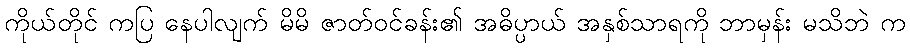
ကိုယ်တိုင် ကပြ နေပါလျက် မိမိ ဇာတ်ဝင်ခန်း၏ အဓိပ္ပာယ် အနှစ်သာရကို ဘာမှန်း မသိဘဲ က